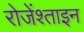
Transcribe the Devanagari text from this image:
रोजेंश्ताइन